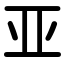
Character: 亚